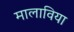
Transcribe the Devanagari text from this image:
मालाविया